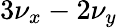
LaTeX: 3\nu_{x}-2\nu_{y}